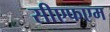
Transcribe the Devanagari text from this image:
सीएफएम